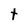
Character: t